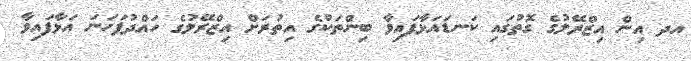
އދ އިން އިޒްރޭލުގެ ގޮތުގައި ކަނޑައަޅާފައިވާ ބިންތަކުގެ އިތުރަށް އިޒްރޭލުގެ ހައްދުފަހަނަ އަޅާފައިވާ